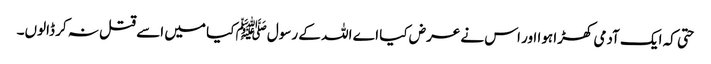
حتی کہ ایک آدمی کھڑا ہوا اور اس نے عرض کیا اے اللہ کے رسولﷺ کیا میں اسے قتل نہ کر ڈالوں۔